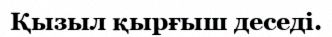
Қызыл қырғыш деседi.